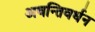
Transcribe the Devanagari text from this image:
अवन्तिवर्धन